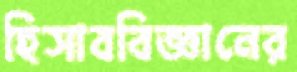
হিসাববিজ্ঞানের